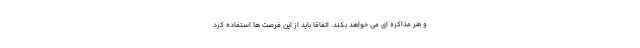
و هر مذاکره ای می خواهد بکند. اتفاقا باید از این فرصت ها استفاده کرد